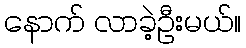
နောက် လာခဲ့ဦးမယ်။